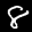
Label: 8